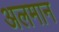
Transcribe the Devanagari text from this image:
अलमान